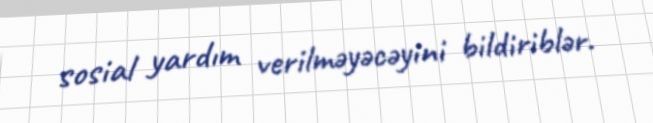
sosial yardım verilməyəcəyini bildiriblər.